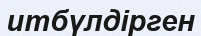
итбүлдірген